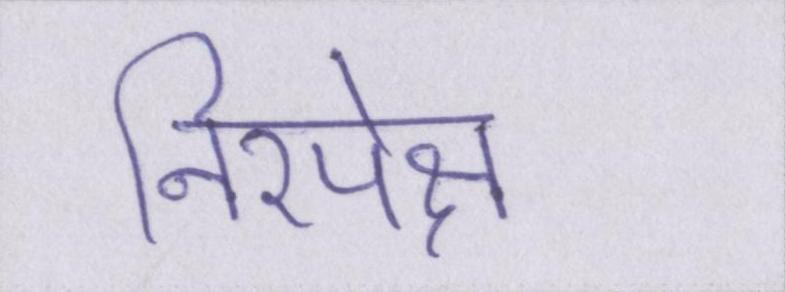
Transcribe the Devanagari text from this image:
निरपेक्ष